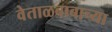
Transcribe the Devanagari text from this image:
वेताळबाबाच्या